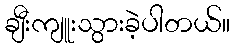
ချီးကျူးသွားခဲ့ပါတယ်။